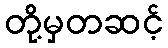
တို့မှတဆင့်